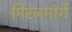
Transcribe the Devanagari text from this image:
मिरजमार्गे